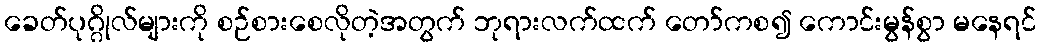
ခေတ်ပုဂ္ဂိုလ်များကို စဉ်စားစေလိုတဲ့အတွက် ဘုရားလက်ထက် တော်ကစ၍ ကောင်းမွန်စွာ မနေရင်